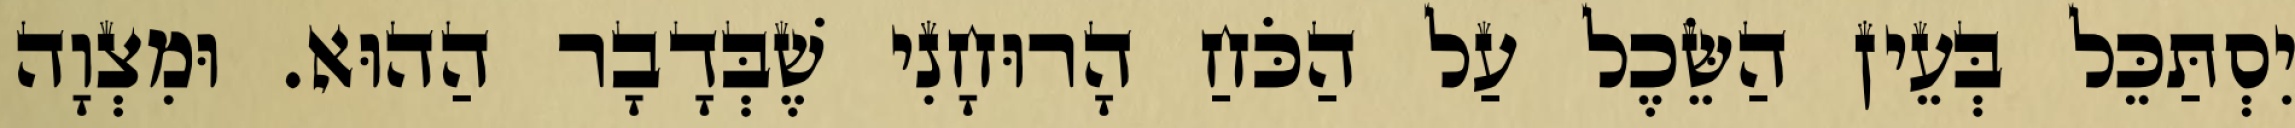
יִסְתַּכֵּל בְּעֵין הַשֵּׂכֶל עַל הַכֹּחַ הָרוּחָנִי שֶׁבְּדָבָר הַהוּא. וּמִצְוָה